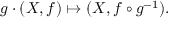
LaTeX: g \cdot ( X , f ) \mapsto ( X , f \circ g ^ { - 1 } ) .